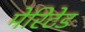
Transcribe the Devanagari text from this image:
मेरिटेड